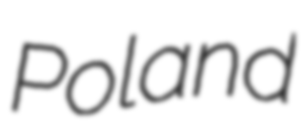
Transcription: Poland